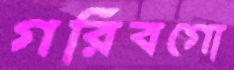
গরিবগো